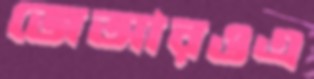
জেআরওএ